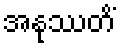
အနုဿတိံ